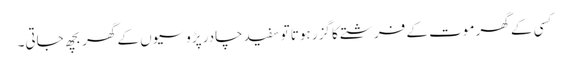
کسی کے گھر موت کے فرشتے کا گزر ہوتا تو سفید چادر پڑوسیوں کے گھر بچھ جاتی۔